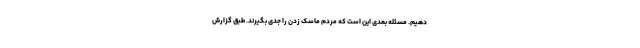
دهیم. مسئله بعدی این است که مردم ماسک زدن را جدی بگیرند. طبق گزارش